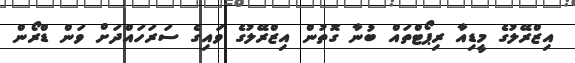
އިޒްރޭލުގެ މީޑިއާ ރިޕޯޓްތައް ބުނާ ގޮތުން އިޒްރޭލުގެ ވައިގެ ސަރަހައްދަށް ވަން ޑްރޯން